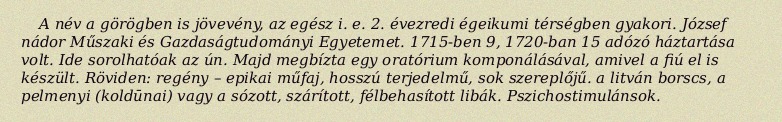
A név a görögben is jövevény, az egész i. e. 2. évezredi égeikumi térségben gyakori. József nádor Műszaki és Gazdaságtudományi Egyetemet. 1715-ben 9, 1720-ban 15 adózó háztartása volt. Ide sorolhatóak az ún. Majd megbízta egy oratórium komponálásával, amivel a fiú el is készült. Röviden: regény – epikai műfaj, hosszú terjedelmű, sok szereplőjű. a litván borscs, a pelmenyi (koldūnai) vagy a sózott, szárított, félbehasított libák. Pszichostimulánsok.